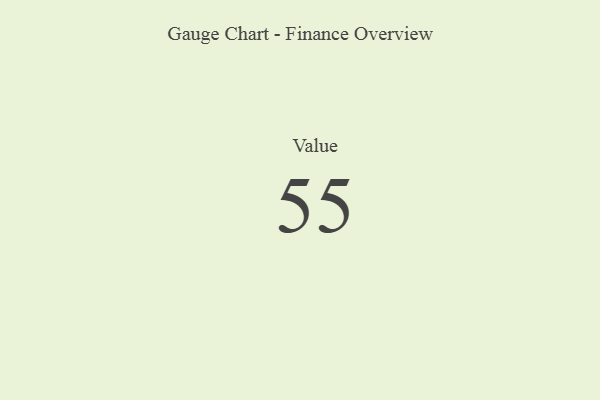
{"axis": {"x": "Metric", "y": "Value"}, "legend": [""], "data": [{"x": "Value", "y": 55, "type": ""}]}